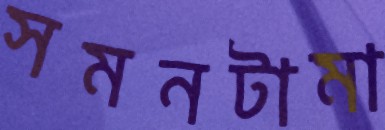
সমনটামা